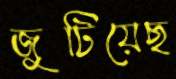
জুটিয়েছ